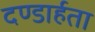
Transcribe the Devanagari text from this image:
दण्डार्हता